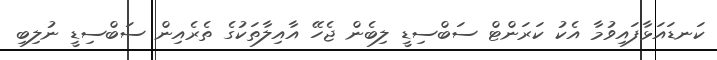
ކަނޑައަޅާފައިވުމާ އެކު ކަރަންޓް ސަބްސިޑީ ލިބެން ޖެހޭ އާއިލާތަކުގެ ތެރެއިން ސަބްސިޑީ ނުލިބި